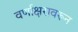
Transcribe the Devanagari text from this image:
वर्णाक्षरावरून